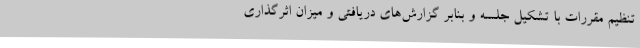
تنظیم مقررات با تشکیل جلسه و بنابر گزارش‌های دریافتی و میزان اثرگذاری